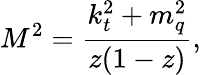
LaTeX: M^{2}=\frac{k_{t}^{2}+m_{q}^{2}}{z(1-z)},